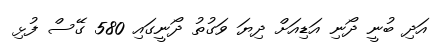
އަދި ބުނީ ދޯނި އަޑިއަށް ދިޔަ ވަގުތު ދޯނީގައި 580 ގޭސް ފުޅި